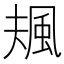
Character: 𩖬